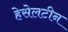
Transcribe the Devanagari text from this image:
हेसेलटीन